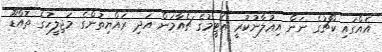
އެއްގައި ކޯޗުގެ ނަން އިޢުލާނުކުރީ އެޓީމުގެ ޗެއާމަން އަދި ރައްޔިތުންގެ މަޖިލީހުގެ ތޮއްޑޫ